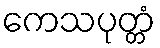
ကေသပုတ္တံ